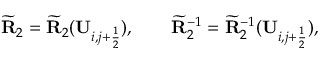
\widetilde { \mathbf { R } } _ { 2 } = \widetilde { \mathbf { R } } _ { 2 } ( \mathbf { U } _ { i , j + \frac { 1 } { 2 } } ) , \qquad \widetilde { \mathbf { R } } _ { 2 } ^ { - 1 } = \widetilde { \mathbf { R } } _ { 2 } ^ { - 1 } ( \mathbf { U } _ { i , j + \frac { 1 } { 2 } } ) ,